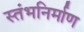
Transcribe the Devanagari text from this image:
स्तंभनिर्माण